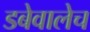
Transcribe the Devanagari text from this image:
डबेवालेच